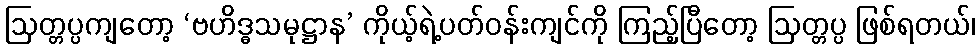
ဩတ္တပ္ပကျတော့ ‘ဗဟိဒ္ဓသမုဋ္ဌာန’ ကိုယ့်ရဲ့ပတ်ဝန်းကျင်ကို ကြည့်ပြီတော့ ဩတ္တပ္ပ ဖြစ်ရတယ်၊